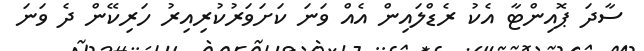
ސާދަ ޕޮއިންޓާ އެކު ރެޑްލައިން އެއް ވަނަ ކަށަވަރުކުރިއިރު ހަރިކޭން ދެ ވަނަ